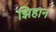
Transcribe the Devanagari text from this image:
झिहान